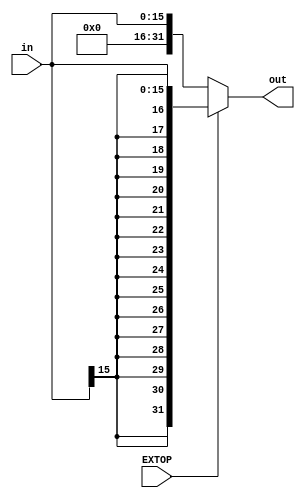
`timescale 1ns / 1ps

module extend_sign(
    input [15:0] in,
    input EXTOP,
    output reg [31:0] out
    );
    
    always@(in or EXTOP)
        if(EXTOP)
            out = {{16{in[15]}}, in};
        else
            out = {16'b0, in};
endmodule